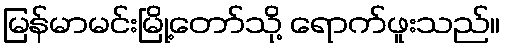
မြန်မာမင်းမြို့တော်သို့ ရောက်ဖူးသည်။